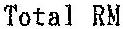
TOTAL RM